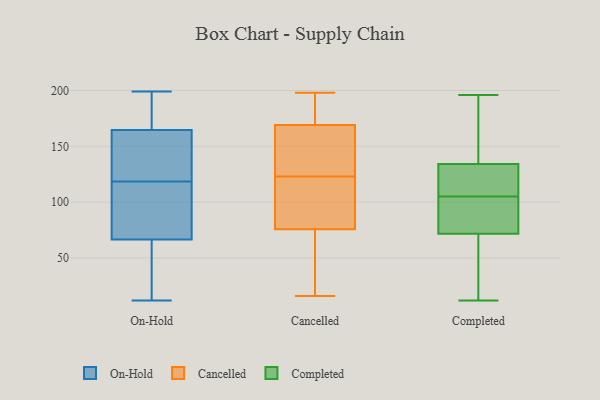
{"axis": {"x": "Energy Usage (MWh)", "y": "Value"}, "legend": ["Cancelled", "Completed", "On-Hold"], "data": [{"x": "", "y": 47, "type": "On-Hold"}, {"x": "", "y": 107, "type": "On-Hold"}, {"x": "", "y": 167, "type": "On-Hold"}, {"x": "", "y": 177, "type": "On-Hold"}, {"x": "", "y": 142, "type": "On-Hold"}, {"x": "", "y": 32, "type": "On-Hold"}, {"x": "", "y": 43, "type": "On-Hold"}, {"x": "", "y": 199, "type": "On-Hold"}, {"x": "", "y": 162, "type": "On-Hold"}, {"x": "", "y": 80, "type": "On-Hold"}, {"x": "", "y": 182, "type": "On-Hold"}, {"x": "", "y": 106, "type": "On-Hold"}, {"x": "", "y": 12, "type": "On-Hold"}, {"x": "", "y": 62, "type": "On-Hold"}, {"x": "", "y": 98, "type": "On-Hold"}, {"x": "", "y": 71, "type": "On-Hold"}, {"x": "", "y": 171, "type": "On-Hold"}, {"x": "", "y": 161, "type": "On-Hold"}, {"x": "", "y": 157, "type": "On-Hold"}, {"x": "", "y": 130, "type": "On-Hold"}, {"x": "", "y": 192, "type": "Cancelled"}, {"x": "", "y": 198, "type": "Cancelled"}, {"x": "", "y": 151, "type": "Cancelled"}, {"x": "", "y": 154, "type": "Cancelled"}, {"x": "", "y": 122, "type": "Cancelled"}, {"x": "", "y": 75, "type": "Cancelled"}, {"x": "", "y": 78, "type": "Cancelled"}, {"x": "", "y": 123, "type": "Cancelled"}, {"x": "", "y": 116, "type": "Cancelled"}, {"x": "", "y": 63, "type": "Cancelled"}, {"x": "", "y": 174, "type": "Cancelled"}, {"x": "", "y": 191, "type": "Cancelled"}, {"x": "", "y": 152, "type": "Cancelled"}, {"x": "", "y": 30, "type": "Cancelled"}, {"x": "", "y": 16, "type": "Cancelled"}, {"x": "", "y": 123, "type": "Completed"}, {"x": "", "y": 163, "type": "Completed"}, {"x": "", "y": 77, "type": "Completed"}, {"x": "", "y": 82, "type": "Completed"}, {"x": "", "y": 74, "type": "Completed"}, {"x": "", "y": 75, "type": "Completed"}, {"x": "", "y": 144, "type": "Completed"}, {"x": "", "y": 65, "type": "Completed"}, {"x": "", "y": 110, "type": "Completed"}, {"x": "", "y": 105, "type": "Completed"}, {"x": "", "y": 29, "type": "Completed"}, {"x": "", "y": 105, "type": "Completed"}, {"x": "", "y": 144, "type": "Completed"}, {"x": "", "y": 55, "type": "Completed"}, {"x": "", "y": 196, "type": "Completed"}, {"x": "", "y": 138, "type": "Completed"}, {"x": "", "y": 71, "type": "Completed"}, {"x": "", "y": 12, "type": "Completed"}, {"x": "", "y": 105, "type": "Completed"}]}